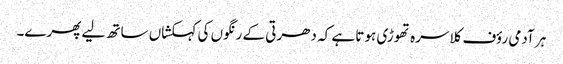
ہر آدمی رؤف کلاسرہ تھوڑی ہوتا ہے کہ دھرتی کے رنگوں کی کہکشاں ساتھ لیے پھرے۔